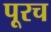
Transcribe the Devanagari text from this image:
पूरच